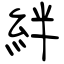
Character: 絆